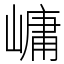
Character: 㟾